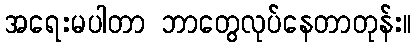
အရေးမပါတာ ဘာတွေလုပ်နေတာတုန်း။